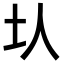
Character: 𡉇